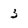
Character: 3